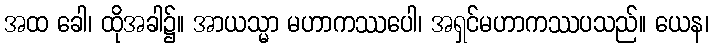
အထ ခေါ၊ ထိုအခါ၌။ အာယသ္မာ မဟာကဿပေါ၊ အရှင်မဟာကဿပသည်။ ယေန၊